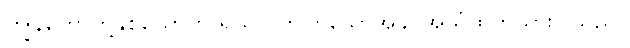
ကျွန်တော်တို့နှစ်ယောက် ရယ်လိုက်ကြသောအခါ အသံထွက်သွားပါသည်။